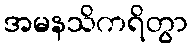
အမနသိကရိတွာ